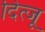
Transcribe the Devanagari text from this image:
दित्जू